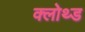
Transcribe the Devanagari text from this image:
क्लोथ्ड